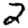
Digit: 2